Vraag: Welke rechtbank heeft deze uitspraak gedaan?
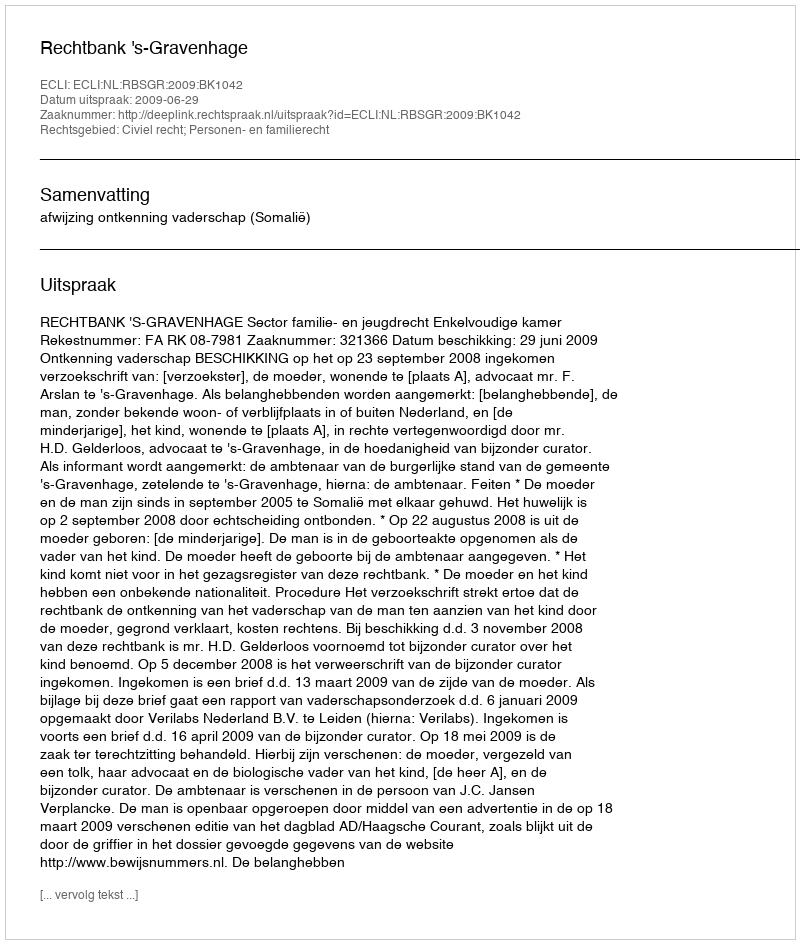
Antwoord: Rechtbank 's-Gravenhage